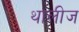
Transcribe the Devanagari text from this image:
थालीज